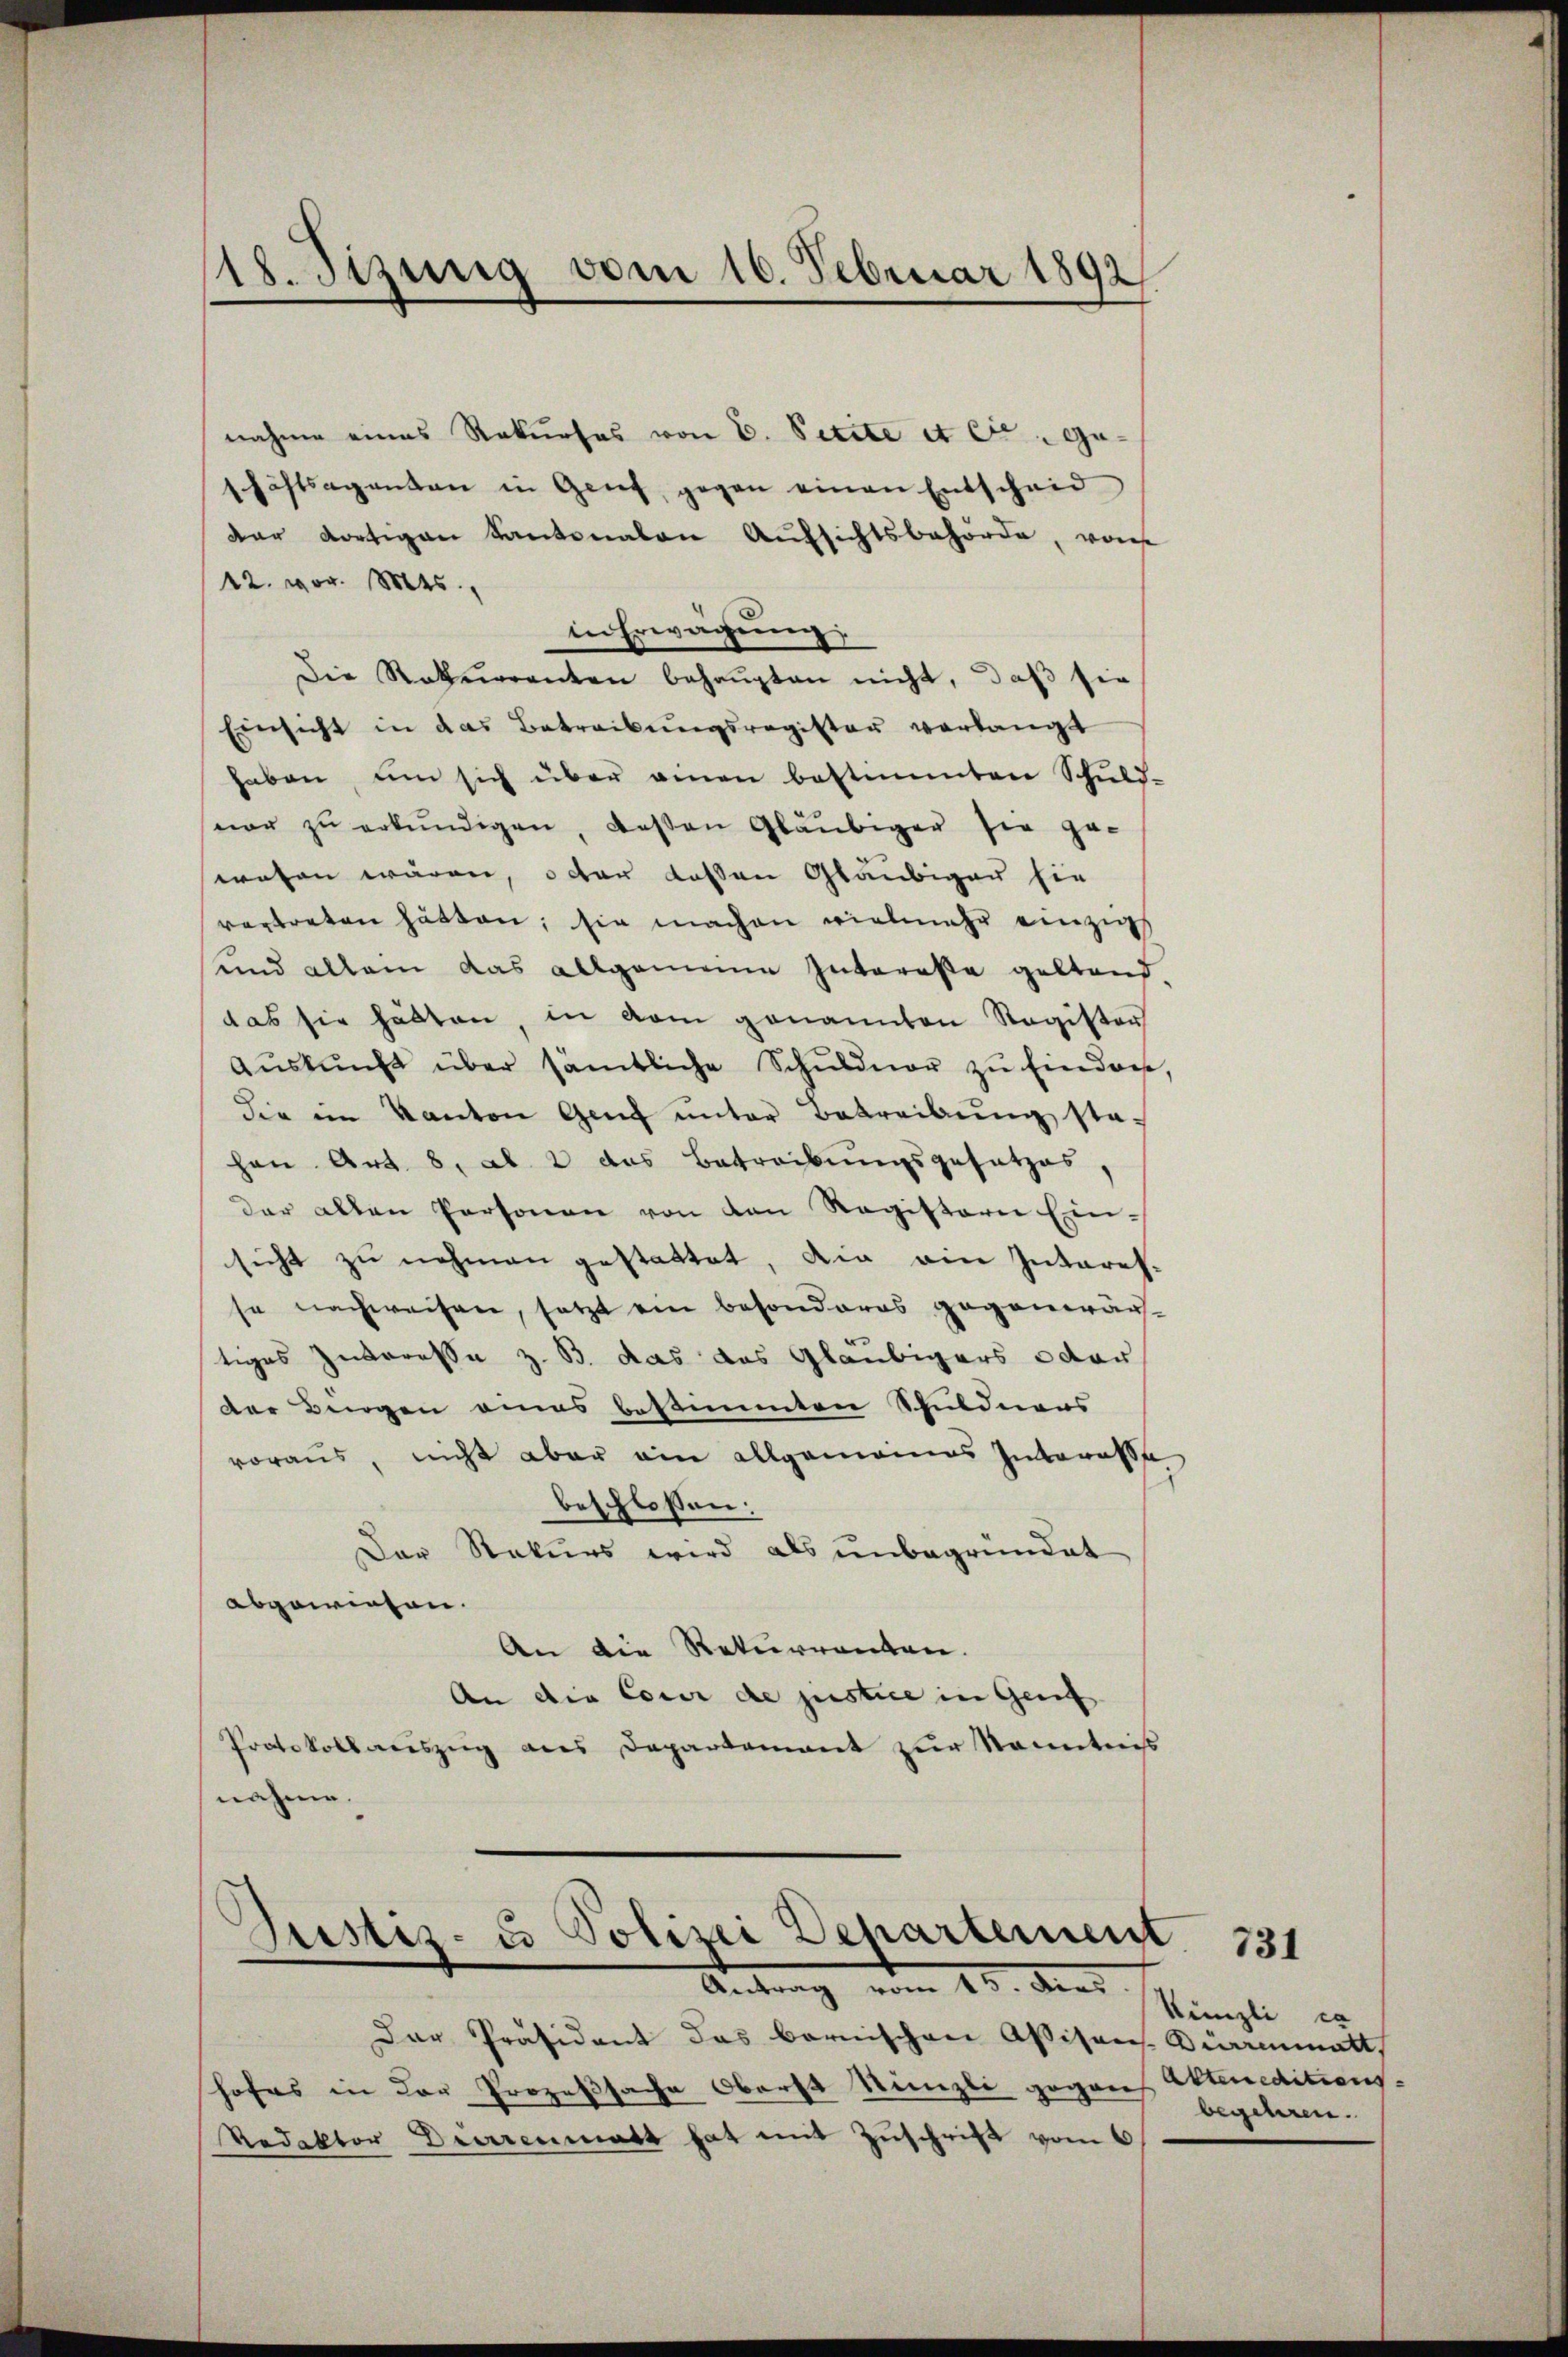
18. Stzung vom 16. Februar 1892.

nahme eines Rekurses von C. Petite et er geschäftsagenten in Genf, gegen einen Entscheid
dar dortigen Kantonalen Aufsichtsbehörde, von
42. vor. 845.
in Erwägung.
Die Rekurrenten behaŭpten nicht, daß sie
Einsicht in das Betreibungsregister verlangt
haben, um sich über einen bestimmten Schŭld-
nor zŭ erkŭndigen, deßen Gläubiger sie ge-
swesen wären, oder dassen Gläubiger sie
vertreten hätten; sie machen vielmehr einzig
und allein das allgemeine Intereße geltend
das sie hätten in vom genannten Register
Aŭskŭnft über sämtliche Schŭldner zu Eindre,
die im Kanton Genf unter Betreibŭng sta-
hen Art. 8. ab. 2 das Betreibungsgesetzes,
der alten Personen von den Registerie Ein-
sicht zu nehmen gestattet, die ein Interesse nachweisen, setzt ein besonderes gegenwär-
tiges Interesse z. B. das das Gläubigers oder
der Bürgen eines bestimmten Schuldners
voraus, nicht aber ein allgemeines Interesse
beschlossen:
Der Rekurs wird als unbegründet
abgewiesen.
An die Rekurrenten.
An die Cour de justice in Genf
Protokollauszug aus Departement zur Kenntniss
nahme.

Justiz- & Polizei Departement
—
Antrag vom 10. Ann

Der Präsident das bernischen Assison Burrenmatt,
hofes in der Prozeßsache Oberst Künzli gegens Atteneditions-
Redektor Diarrenmatt hat mit Zŭschrift vom 6

731

Künzli is
begehren.